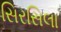
સિરસિલા